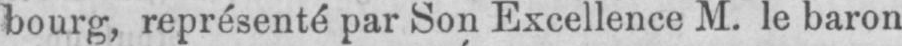
bourg, représenté par Son Excellence M. le baron